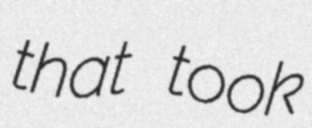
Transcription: that took